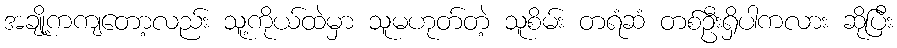
အချို့ကကျတော့လည်း သူ့ကိုယ်ထဲမှာ သူမဟုတ်တဲ့ သူစိမ်း တရံဆံ တစ်ဦးရှိပါကလား ဆိုပြီး